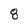
Character: 8